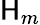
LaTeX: \mathsf{H}_{m}